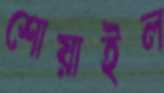
শোয়াইল